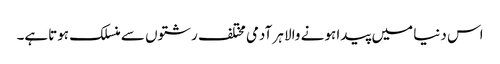
اس دنیا میں پیدا ہونے والا ہر آدمی مختلف رشتوں سے منسلک ہوتاہے۔